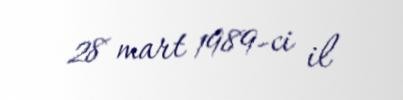
28 mart 1989-ci il